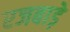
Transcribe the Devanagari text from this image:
रजबाड़े